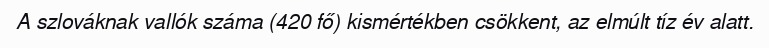
A szlováknak vallók száma (420 fő) kismértékben csökkent, az elmúlt tíz év alatt.